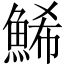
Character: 鯑